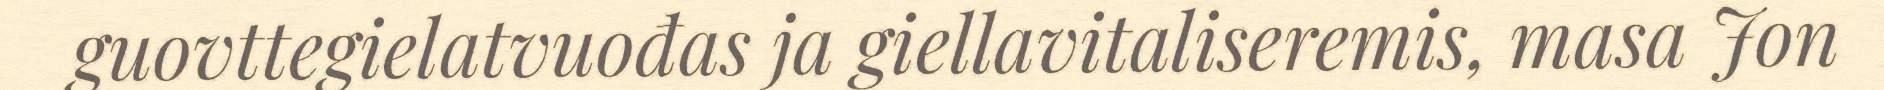
guovttegielatvuođas ja giellavitaliseremis, masa Jon